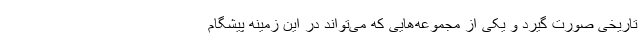
تاریخی صورت گیرد و یکی از مجموعه‌هایی که می‌تواند در این زمینه پیشگام